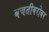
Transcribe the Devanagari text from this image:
बचतीबरोबर